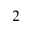
^ 2